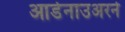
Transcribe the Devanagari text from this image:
आडेनाउअरने